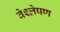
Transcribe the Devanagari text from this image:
वेश्लेषण